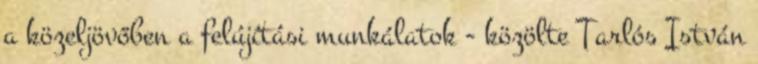
a közeljövőben a felújítási munkálatok - közölte Tarlós István